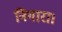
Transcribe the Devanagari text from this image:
निगारा।